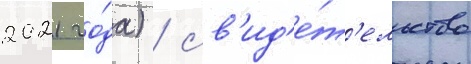
2021 го́да) / св'ид'е́т'ельство